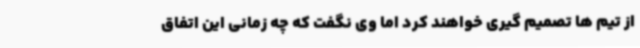
از تیم ها تصمیم گیری خواهند کرد اما وی نگفت که چه زمانی این اتفاق